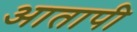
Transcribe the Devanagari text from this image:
आतापी